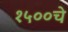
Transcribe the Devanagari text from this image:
१५००चे